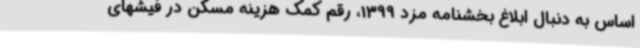
اساس به دنبال ابلاغ بخشنامه مزد 1399، رقم کمک هزینه مسکن در فیشهای